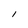
Character: 1